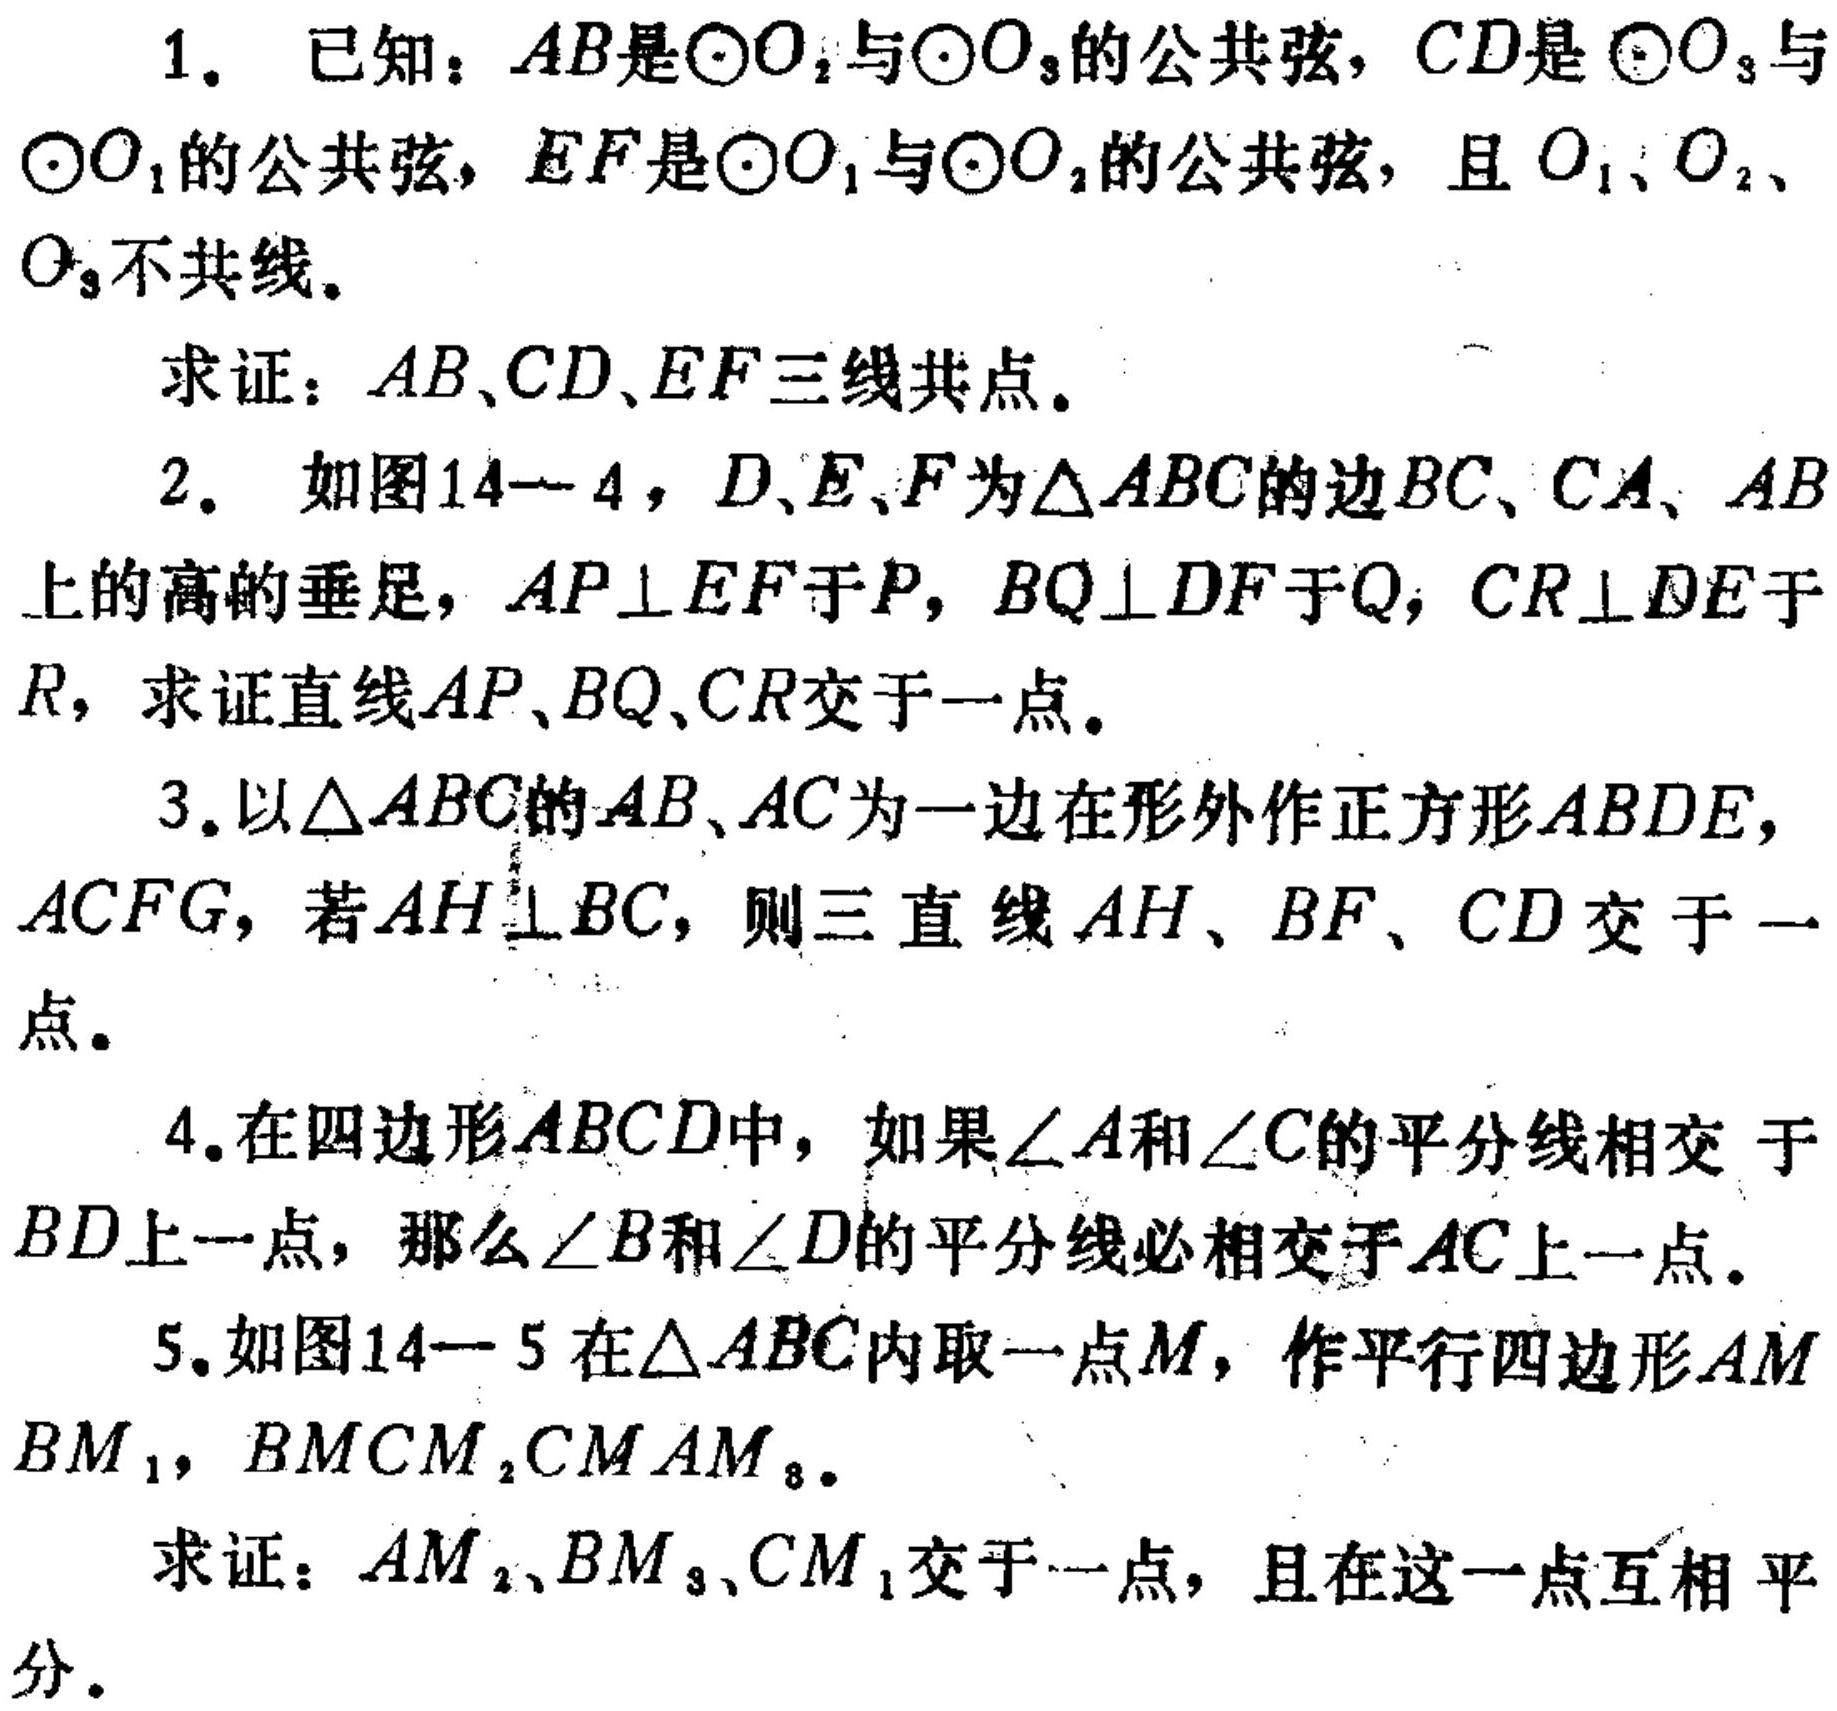
1. 已知：\(AB\)是\(\odot O_{2}\)与\(\odot O_{3}\)的公共弦，\(CD\)是\(\odot O_{3}\)与
\(\odot O_{1}\)的公共弦，\(EF\)是\(\odot O_{1}\)与\(\odot O_{2}\)的公共弦，且\(O_{1}、O_{2}\)、
\(O_{3}\)不共线。
求证：\(AB、CD、EF\)三线共点。
2. 如图14—4，\(D、E、F\)为\(\triangle ABC\)的边\(BC、CA、AB\)
上的高的垂足，\(AP\perp EF\)于\(P\)，\(BQ\perp DF\)于\(Q\)，\(CR\perp DE\)于
\(R\)，求证直线\(AP、BQ、CR\)交于一点。
3.以\(\triangle ABC\)的\(AB、AC\)为一边在形外作正方形\(ABDE\)，
\(ACFG\)，若\(AH\perp BC\)，则三直线 \(AH、BF、CD\)交于一
点。
4.在四边形\(ABCD\)中，如果\(\angle A\)和\(\angle C\)的平分线相交 于
\(BD\)上一点，那么\(\angle B\)和\(\angle D\)的平分线必相交于\(AC\)上一点。
5.如图14—5在\(\triangle ABC\)内取一点\(M\)，作平行四边形\(AM\)
\(BM_{1}\)，\(BMCM_{2},CMAM_{3}\)。
求证：\(AM_{2}、BM_{3}、CM_{1}\)交于一点，且在这一点互相平
分。